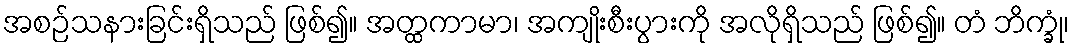
အစဉ်သနားခြင်းရှိသည် ဖြစ်၍။ အတ္ထကာမာ၊ အကျိုးစီးပွားကို အလိုရှိသည် ဖြစ်၍။ တံ ဘိက္ခုံ၊